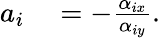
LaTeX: \begin{array}{rl}{a_{i}}&{{}=-\frac{\alpha_{ix}}{\alpha_{iy}}.}\end{array}